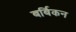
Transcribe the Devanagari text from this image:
बर्बिकन